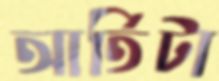
আর্তিটা